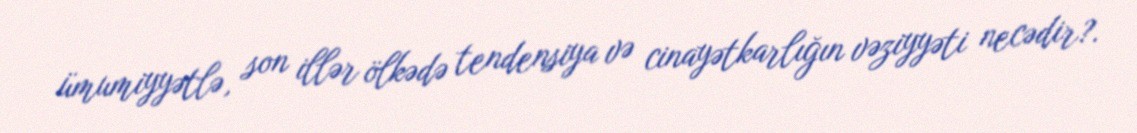
ümumiyyətlə, son illər ölkədə tendensiya və cinayətkarlığın vəziyyəti necədir?.